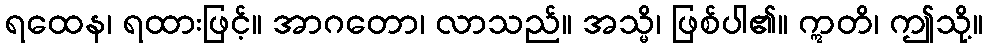
ရထေန၊ ရထားဖြင့်။ အာဂတော၊ လာသည်။ အသ္မိ၊ ဖြစ်ပါ၏။ ဣတိ၊ ဤသို့။